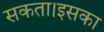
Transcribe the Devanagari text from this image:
सकता।इसका